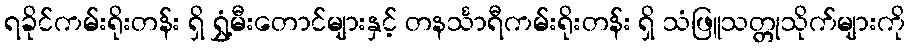
ရခိုင်ကမ်းရိုးတန်း ရှိ ရွှံ့မီးတောင်များနှင့် တနင်္သာရီကမ်းရိုးတန်း ရှိ သံဖြူသတ္တုသိုက်များကို